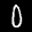
Label: 0